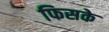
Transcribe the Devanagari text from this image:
फिसके